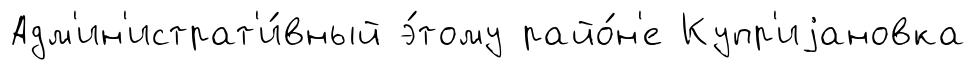
Адм'ин'истрат'и́вный э́тому райо́н'е Купр'иjановка